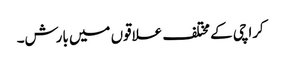
کراچی کے مختلف علاقوں میں بارش۔